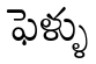
ఫెళ్ళు